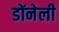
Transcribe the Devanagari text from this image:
डोंनेली